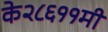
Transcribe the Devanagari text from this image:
के२८६११मी